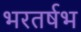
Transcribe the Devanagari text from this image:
भरतर्षभ